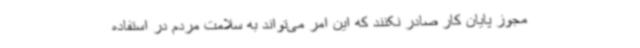
مجوز پایان کار صادر نکنند که این امر می‌تواند به سلامت مردم در استفاده